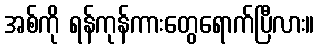
အစ်ကို ရန်ကုန်ကားတွေရောက်ပြီလား။